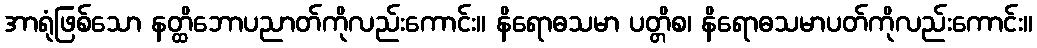
အာရုံဖြစ်သော နတ္ထိဘောပညာတ်ကိုလည်းကောင်း။ နိရောဓသမာ ပတ္တိစ၊ နိရောဓသမာပတ်ကိုလည်းကောင်း။